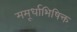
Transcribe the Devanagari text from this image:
ममूर्धाभिषिक्त